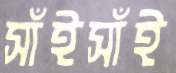
সাঁইসাঁই